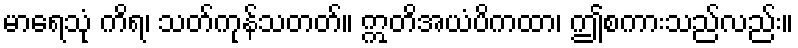
မာရေသုံ ကိရ၊ သတ်ကုန်သတတ်။ ဣတိအယံပိကထာ၊ ဤစကားသည်လည်း။